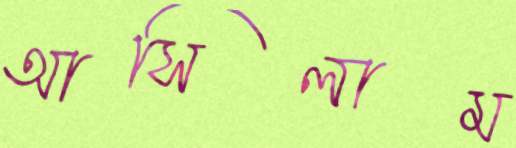
আসিলাম